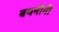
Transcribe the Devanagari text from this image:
बयनीनी